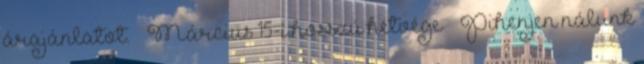
árajánlatot. 🇭🇺 Március 15-i hosszú hétvége 🇭🇺 Pihenjen nálunk